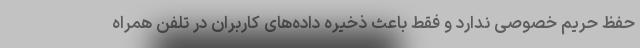
حفظ حریم خصوصی ندارد و فقط باعث ذخیره داده‌های کاربران در تلفن همراه